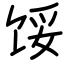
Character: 馁